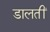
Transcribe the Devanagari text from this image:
डालतीं